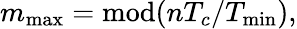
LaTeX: m_{\mathrm{max}}=\mathrm{mod}(nT_{c}/T_{\mathrm{min}}),